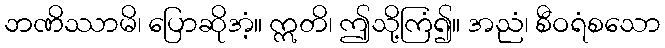
ဘဏိဿာမိ၊ ပြောဆိုအံ့။ ဣတိ၊ ဤသို့ကြံ၍။ အညံ၊ စီဝရံစသော